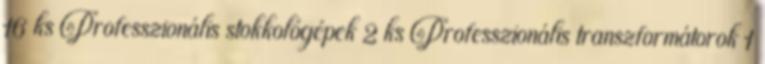
16 ks Professzionális stokkológépek 2 ks Professzionális transzformátorok 1